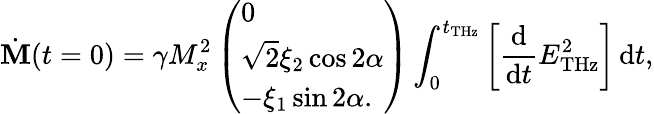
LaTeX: \dot{\mathbf{M}}(t=0)=\gamma M_{x}^{2}\left(\begin{array}{l}{0}\\ {\sqrt{2}\xi_{2}\cos 2\alpha}\\ {-\xi_{1}\sin 2\alpha.}\end{array}\right)\int_{0}^{t_{\mathrm{THz}}}\left[\frac{\mathrm{d}}{\mathrm{d}t}E_{\mathrm{THz}}^{2}\right]\, \mathrm{d}t,